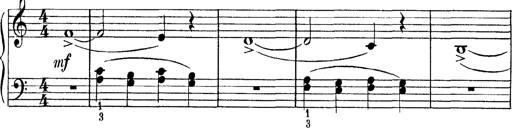
Title: Abschied
Composer: Franz Liszt